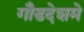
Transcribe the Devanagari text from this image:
गौडदेशमे